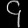
Digit: ၄